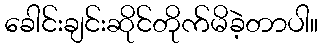
ခေါင်းချင်းဆိုင်တိုက်မိခဲ့တာပါ။